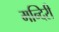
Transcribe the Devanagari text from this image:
मन्दिरी